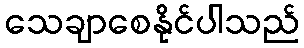
သေချာစေနိုင်ပါသည်